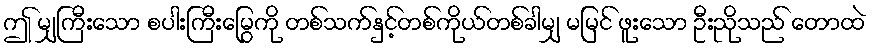
ဤ မျှကြီးသော စပါးကြီးမြွေကို တစ်သက်နှင့်တစ်ကိုယ်တစ်ခါမျှ မမြင် ဖူးသော ဦးညိုသည် တောထဲ